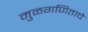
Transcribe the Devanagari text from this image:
मुळगणिताचे